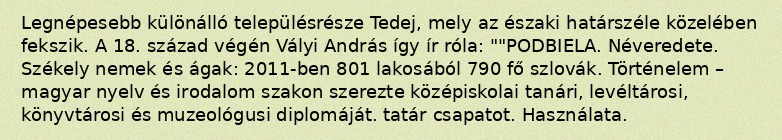
Legnépesebb különálló településrésze Tedej, mely az északi határszéle közelében fekszik. A 18. század végén Vályi András így ír róla: ""PODBIELA. Néveredete. Székely nemek és ágak: 2011-ben 801 lakosából 790 fő szlovák. Történelem – magyar nyelv és irodalom szakon szerezte középiskolai tanári, levéltárosi, könyvtárosi és muzeológusi diplomáját. tatár csapatot. Használata.